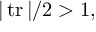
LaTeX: | \operatorname { t r } | / 2 > 1 ,